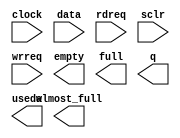
// megafunction wizard: %FIFO%VBB%
// GENERATION: STANDARD
// VERSION: WM1.0
// MODULE: scfifo 

// ============================================================
// Megafunction Name(s):
// 			scfifo
//
// Simulation Library Files(s):
// 			
// ============================================================
// ************************************************************
// THIS IS A WIZARD-GENERATED FILE. DO NOT EDIT THIS FILE!
//
// 10.1 Build 197 01/19/2011 SP 1 SJ Full Version
// ************************************************************

//Copyright (C) 1991-2011 Altera Corporation
//Your use of Altera Corporation's design tools, logic functions 
//and other software and tools, and its AMPP partner logic 
//functions, and any output files from any of the foregoing 
//(including device programming or simulation files), and any 
//associated documentation or information are expressly subject 
//to the terms and conditions of the Altera Program License 
//Subscription Agreement, Altera MegaCore Function License 
//Agreement, or other applicable license agreement, including, 
//without limitation, that your use is for the sole purpose of 
//programming logic devices manufactured by Altera and sold by 
//Altera or its authorized distributors.  Please refer to the 
//applicable agreement for further details.

module touch_fifo (
	clock,
	data,
	rdreq,
	sclr,
	wrreq,
	almost_full,
	empty,
	full,
	q,
	usedw);

	input	  clock;
	input	[79:0]  data;
	input	  rdreq;
	input	  sclr;
	input	  wrreq;
	output	  almost_full;
	output	  empty;
	output	  full;
	output	[79:0]  q;
	output	[5:0]  usedw;

endmodule

// ============================================================
// CNX file retrieval info
// ============================================================
// Retrieval info: PRIVATE: AlmostEmpty NUMERIC "0"
// Retrieval info: PRIVATE: AlmostEmptyThr NUMERIC "-1"
// Retrieval info: PRIVATE: AlmostFull NUMERIC "1"
// Retrieval info: PRIVATE: AlmostFullThr NUMERIC "60"
// Retrieval info: PRIVATE: CLOCKS_ARE_SYNCHRONIZED NUMERIC "1"
// Retrieval info: PRIVATE: Clock NUMERIC "0"
// Retrieval info: PRIVATE: Depth NUMERIC "64"
// Retrieval info: PRIVATE: Empty NUMERIC "1"
// Retrieval info: PRIVATE: Full NUMERIC "1"
// Retrieval info: PRIVATE: INTENDED_DEVICE_FAMILY STRING "Cyclone IV E"
// Retrieval info: PRIVATE: LE_BasedFIFO NUMERIC "0"
// Retrieval info: PRIVATE: LegacyRREQ NUMERIC "0"
// Retrieval info: PRIVATE: MAX_DEPTH_BY_9 NUMERIC "0"
// Retrieval info: PRIVATE: OVERFLOW_CHECKING NUMERIC "0"
// Retrieval info: PRIVATE: Optimize NUMERIC "1"
// Retrieval info: PRIVATE: RAM_BLOCK_TYPE NUMERIC "0"
// Retrieval info: PRIVATE: SYNTH_WRAPPER_GEN_POSTFIX STRING "0"
// Retrieval info: PRIVATE: UNDERFLOW_CHECKING NUMERIC "0"
// Retrieval info: PRIVATE: UsedW NUMERIC "1"
// Retrieval info: PRIVATE: Width NUMERIC "80"
// Retrieval info: PRIVATE: dc_aclr NUMERIC "0"
// Retrieval info: PRIVATE: diff_widths NUMERIC "0"
// Retrieval info: PRIVATE: msb_usedw NUMERIC "0"
// Retrieval info: PRIVATE: output_width NUMERIC "80"
// Retrieval info: PRIVATE: rsEmpty NUMERIC "1"
// Retrieval info: PRIVATE: rsFull NUMERIC "0"
// Retrieval info: PRIVATE: rsUsedW NUMERIC "0"
// Retrieval info: PRIVATE: sc_aclr NUMERIC "0"
// Retrieval info: PRIVATE: sc_sclr NUMERIC "1"
// Retrieval info: PRIVATE: wsEmpty NUMERIC "0"
// Retrieval info: PRIVATE: wsFull NUMERIC "1"
// Retrieval info: PRIVATE: wsUsedW NUMERIC "0"
// Retrieval info: LIBRARY: altera_mf altera_mf.altera_mf_components.all
// Retrieval info: CONSTANT: ADD_RAM_OUTPUT_REGISTER STRING "ON"
// Retrieval info: CONSTANT: ALMOST_FULL_VALUE NUMERIC "60"
// Retrieval info: CONSTANT: INTENDED_DEVICE_FAMILY STRING "Cyclone IV E"
// Retrieval info: CONSTANT: LPM_NUMWORDS NUMERIC "64"
// Retrieval info: CONSTANT: LPM_SHOWAHEAD STRING "ON"
// Retrieval info: CONSTANT: LPM_TYPE STRING "scfifo"
// Retrieval info: CONSTANT: LPM_WIDTH NUMERIC "80"
// Retrieval info: CONSTANT: LPM_WIDTHU NUMERIC "6"
// Retrieval info: CONSTANT: OVERFLOW_CHECKING STRING "ON"
// Retrieval info: CONSTANT: UNDERFLOW_CHECKING STRING "ON"
// Retrieval info: CONSTANT: USE_EAB STRING "ON"
// Retrieval info: USED_PORT: almost_full 0 0 0 0 OUTPUT NODEFVAL "almost_full"
// Retrieval info: USED_PORT: clock 0 0 0 0 INPUT NODEFVAL "clock"
// Retrieval info: USED_PORT: data 0 0 80 0 INPUT NODEFVAL "data[79..0]"
// Retrieval info: USED_PORT: empty 0 0 0 0 OUTPUT NODEFVAL "empty"
// Retrieval info: USED_PORT: full 0 0 0 0 OUTPUT NODEFVAL "full"
// Retrieval info: USED_PORT: q 0 0 80 0 OUTPUT NODEFVAL "q[79..0]"
// Retrieval info: USED_PORT: rdreq 0 0 0 0 INPUT NODEFVAL "rdreq"
// Retrieval info: USED_PORT: sclr 0 0 0 0 INPUT NODEFVAL "sclr"
// Retrieval info: USED_PORT: usedw 0 0 6 0 OUTPUT NODEFVAL "usedw[5..0]"
// Retrieval info: USED_PORT: wrreq 0 0 0 0 INPUT NODEFVAL "wrreq"
// Retrieval info: CONNECT: @clock 0 0 0 0 clock 0 0 0 0
// Retrieval info: CONNECT: @data 0 0 80 0 data 0 0 80 0
// Retrieval info: CONNECT: @rdreq 0 0 0 0 rdreq 0 0 0 0
// Retrieval info: CONNECT: @sclr 0 0 0 0 sclr 0 0 0 0
// Retrieval info: CONNECT: @wrreq 0 0 0 0 wrreq 0 0 0 0
// Retrieval info: CONNECT: almost_full 0 0 0 0 @almost_full 0 0 0 0
// Retrieval info: CONNECT: empty 0 0 0 0 @empty 0 0 0 0
// Retrieval info: CONNECT: full 0 0 0 0 @full 0 0 0 0
// Retrieval info: CONNECT: q 0 0 80 0 @q 0 0 80 0
// Retrieval info: CONNECT: usedw 0 0 6 0 @usedw 0 0 6 0
// Retrieval info: GEN_FILE: TYPE_NORMAL touch_fifo.v TRUE
// Retrieval info: GEN_FILE: TYPE_NORMAL touch_fifo.inc FALSE
// Retrieval info: GEN_FILE: TYPE_NORMAL touch_fifo.cmp FALSE
// Retrieval info: GEN_FILE: TYPE_NORMAL touch_fifo.bsf FALSE
// Retrieval info: GEN_FILE: TYPE_NORMAL touch_fifo_inst.v FALSE
// Retrieval info: GEN_FILE: TYPE_NORMAL touch_fifo_bb.v TRUE